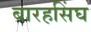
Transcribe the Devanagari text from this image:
बारहसिंघ